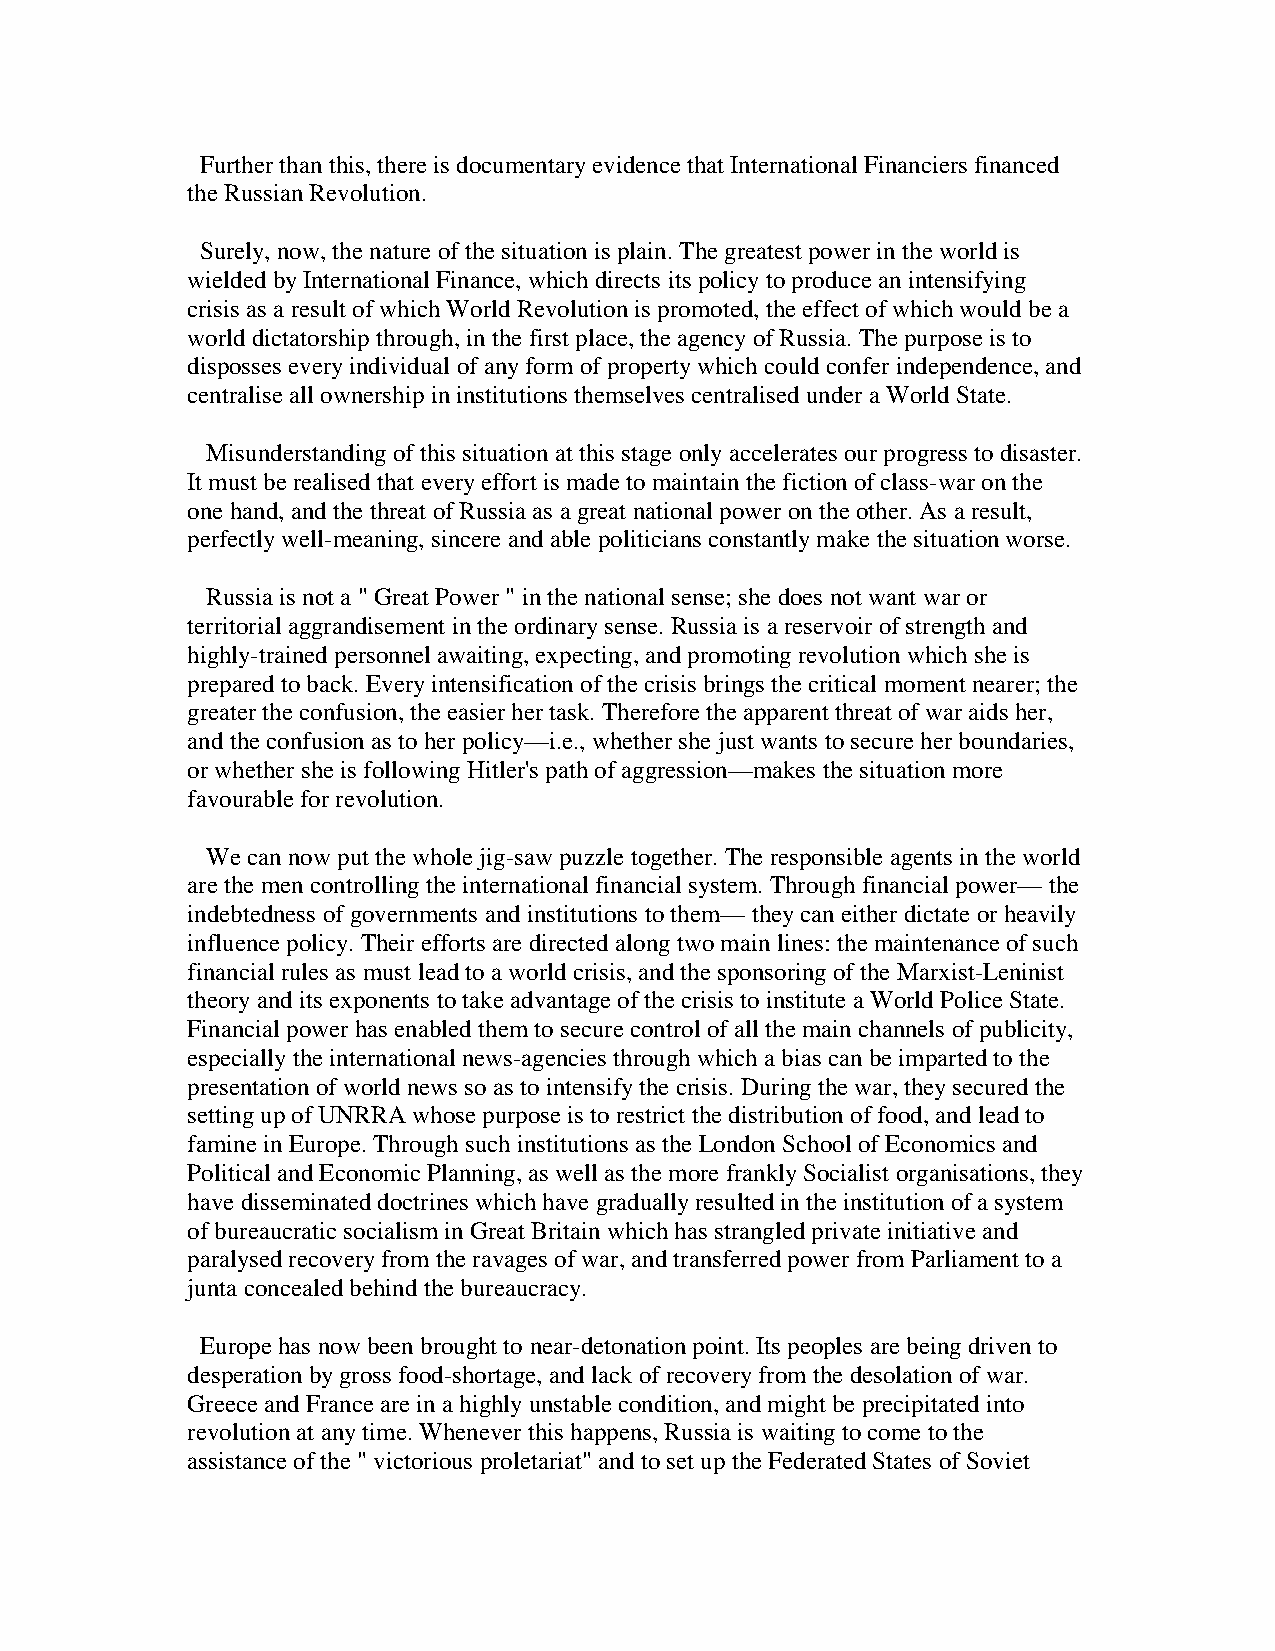
Further than this, there is documentary evidence that International Financiers financed
 the Russian Revolution.
 Surely, now, the nature of the situation is plain. The greatest power in the world is
 wielded by International Finance, which directs its policy to produce an intensifying
 crisis as a result of which World Revolution is promoted, the effect of which would be a
 world dictatorship through, in the first place, the agency of Russia. The purpose is to
 disposses every individual of any form of property which could confer independence, and
 centralise all ownership in institutions themselves centralised under a World State.
 Misunderstanding of this situation at this stage only accelerates our progress to disaster.
 It must be realised that every effort is made to maintain the fiction of class-war on the
 one hand, and the threat of Russia as a great national power on the other. As a result,
 perfectly well-meaning, sincere and able politicians constantly make the situation worse.
 Russia is not a " Great Power " in the national sense; she does not want war or
 territorial aggrandisement in the ordinary sense. Russia is a reservoir of strength and
 highly-trained personnel awaiting, expecting, and promoting revolution which she is
 prepared to back. Every intensification of the crisis brings the critical moment nearer; the
 greater the confusion, the easier her task. Therefore the apparent threat of war aids her,
 and the confusion as to her policy—i.e., whether she just wants to secure her boundaries,
 or whether she is following Hitler's path of aggression—makes the situation more
 favourable for revolution.
 We can now put the whole jig-saw puzzle together. The responsible agents in the world
 are the men controlling the international financial system. Through financial power— the
 indebtedness of governments and institutions to them— they can either dictate or heavily
 influence policy. Their efforts are directed along two main lines: the maintenance of such
 financial rules as must lead to a world crisis, and the sponsoring of the Marxist-Leninist
 theory and its exponents to take advantage of the crisis to institute a World Police State.
 Financial power has enabled them to secure control of all the main channels of publicity,
 especially the international news-agencies through which a bias can be imparted to the
 presentation of world news so as to intensify the crisis. During the war, they secured the
 setting up of UNRRA whose purpose is to restrict the distribution of food, and lead to
 famine in Europe. Through such institutions as the London School of Economics and
 Political and Economic Planning, as well as the more frankly Socialist organisations, they
 have disseminated doctrines which have gradually resulted in the institution of a system
 of bureaucratic socialism in Great Britain which has strangled private initiative and
 paralysed recovery from the ravages of war, and transferred power from Parliament to a
 junta concealed behind the bureaucracy.
 Europe has now been brought to near-detonation point. Its peoples are being driven to
 desperation by gross food-shortage, and lack of recovery from the desolation of war.
 Greece and France are in a highly unstable condition, and might be precipitated into
 revolution at any time. Whenever this happens, Russia is waiting to come to the
 assistance of the " victorious proletariat" and to set up the Federated States of Soviet